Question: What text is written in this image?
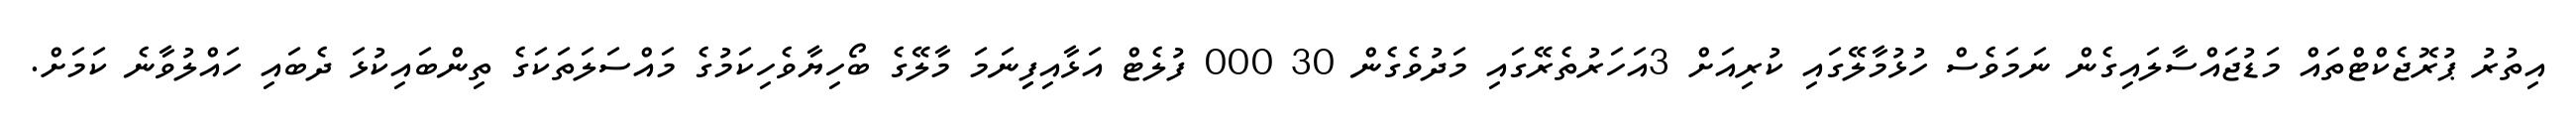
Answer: އިތުރު ޕުރޮޖެކްޓްތައް މަޑުޖައްސާލައިގެން ނަމަވެސް ހުޅުމާލޭގައި ކުރިއަށް 3އަހަރުތެރޭގައި މަދުވެގެން 30 000 ފުލެޓް އަޅާއިފިިނަމަ މާލޭގެ ބޯހިޔާވެހިކަމުގެ މައްސަލަތަކަގެ ތިންބައިކުޅަ ދެބައި ހައްލުވާނެ ކަމަށް.